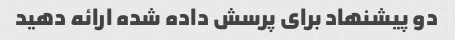
دو پیشنهاد برای پرسش داده شده ارائه دهید